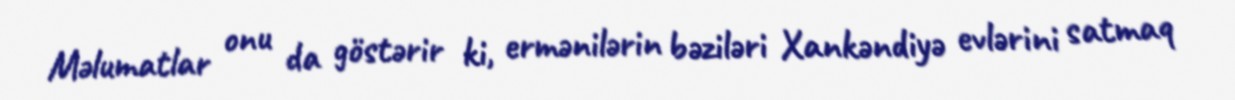
Məlumatlar onu da göstərir ki, ermənilərin bəziləri Xankəndiyə evlərini satmaq